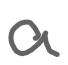
Text: a
Cross-out: clean
Writing tool: digital_gray